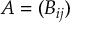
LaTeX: A = ( B _ { i j } )